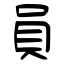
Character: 員